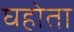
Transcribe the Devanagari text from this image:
घहोता